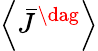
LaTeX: \left\langle{{{\bar{J}}^{\dag}}}\right\rangle